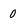
Character: 0